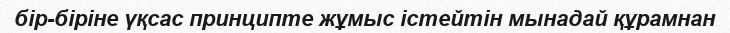
бір-біріне үқсас принципте жұмыс істейтін мынадай құрамнан